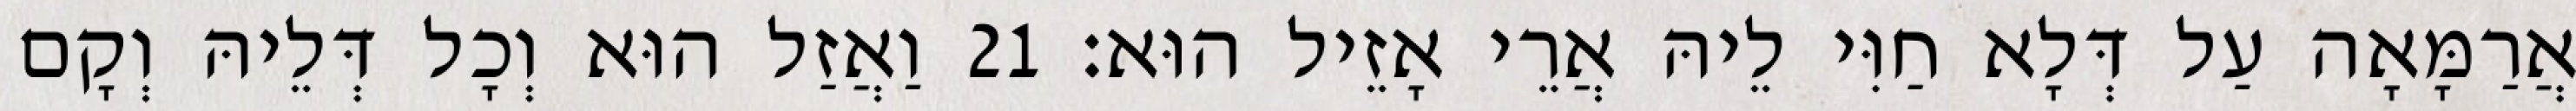
אֲרַמָּאָה עַל דְּלָא חַוִּי לֵיהּ אֲרֵי אָזֵיל הוּא׃ 21 וַאֲזַל הוּא וְכָל דְּלֵיהּ וְקָם